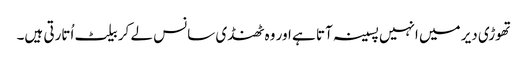
تھوڑی دیر میں انہیں پسینہ آتا ہے اور وہ ٹھنڈی سانس لے کر بیلٹ اُتارتی ہیں۔